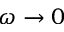
\omega \to 0